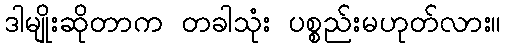
ဒါမျိုးဆိုတာက တခါသုံး ပစ္စည်းမဟုတ်လား။